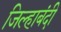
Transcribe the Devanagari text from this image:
जिल्हाबंदी